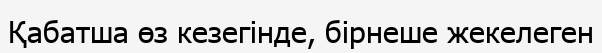
Қабатша өз кезегінде, бірнеше жекелеген